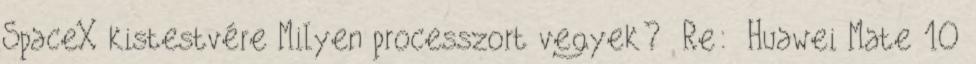
SpaceX kistestvére Milyen processzort vegyek? Re: Huawei Mate 10